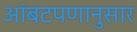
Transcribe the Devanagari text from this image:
आंबटपणानुसार